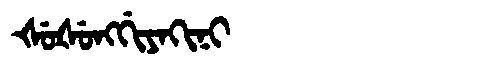
Manchu: ᡧᡠᡧᡠᠩᡤᡳᠶᠠᡴᡳᠨᡳ
Romanization: ŠUŠUNGGIYAKINI